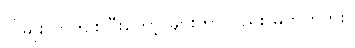
လိုမျိုး ကကျစ်ပြီးတော့ များတာလည်း မဟုတ်ဘူး။